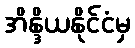
အိန္ဒိယနိုင်ငံမှ